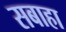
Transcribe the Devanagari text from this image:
सबाहा